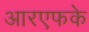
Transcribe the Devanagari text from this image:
आरएफके